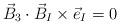
LaTeX: \begin{align*}{\vec B}_3\cdot {\vec B}_I \times {\vec e}_I=0\end{align*}